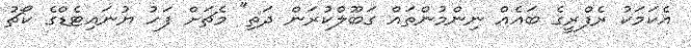
އެކަމަކު ރެފްރީގެ ބައެއް ނިންމުންތައް ގަބޫލްކުރަން ދަތި" މެޗަށް ފަހު ޔުނައިޓެޑްގެ ކޯޗު